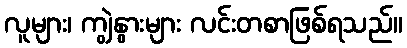
လူများ၊ ကျွဲနွားများ လင်းတစာဖြစ်ရသည်။